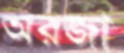
অরজা